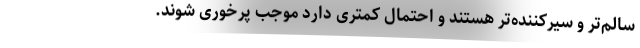
سالم‌تر و سیرکننده‌تر هستند و احتمال کمتری دارد موجب پرخوری شوند.